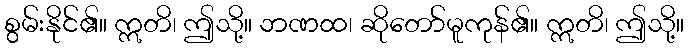
စွမ်းနိုင်၏။ ဣတိ၊ ဤသို့။ ဘဏထ၊ ဆိုတော်မူကုန်၏။ ဣတိ၊ ဤသို့။